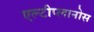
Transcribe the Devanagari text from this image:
एल्टीप्लानोस